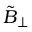
\Tilde { B } _ { \perp }